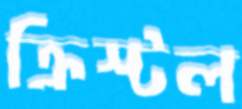
ক্রিস্টল